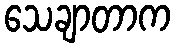
သေချာတာက